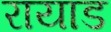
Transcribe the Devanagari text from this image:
रायाड